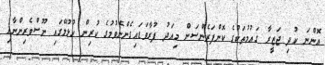
އޮންނަ ކުދި ޖަޒީރާ ގައުމުތަކުގެ ކޮންފަރެންސަށް މިއަދު ފުރާވަޑައިގެންނެވުމުގެ ކުރިން ހުޅުލޭގައި ނޫސްވެރިންނާއި